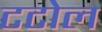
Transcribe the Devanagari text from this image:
टटोल